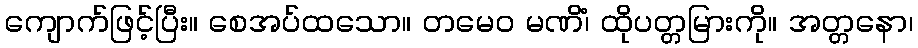
ကျောက်ဖြင့်ပြီး။ စေအပ်ထသော။ တမေဝ မဏိံ၊ ထိုပတ္တမြားကို။ အတ္တနော၊